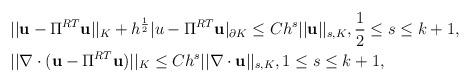
LaTeX: \begin{align*}\begin{aligned}&||\mathbf{u}-\Pi^{RT}\mathbf{u}||_K+h^{\frac{1}{2}}|u-\Pi^{RT}\mathbf{u}|_{\partial K}\leq Ch^s||\mathbf{u}||_{s,K},\frac{1}{2}\leq s\leq k+1,\\&||\nabla\cdot(\mathbf{u}-\Pi^{RT}\mathbf{u})||_K\leq Ch^s||\nabla\cdot\mathbf{u}||_{s,K},1\leq s\leq k+1,\end{aligned}\end{align*}